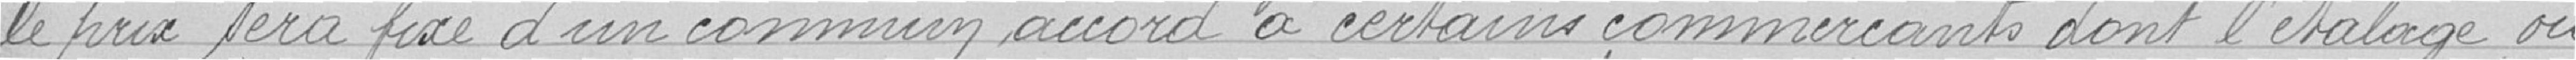
le prix sera fixé d'un commun accord à certains commerçants dont l'étalage, ou